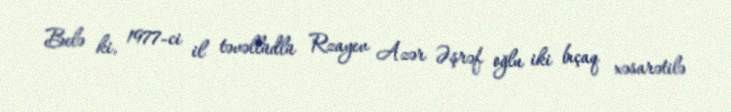
Belə ki, 1977-ci il təvəllüdlü Rzayev Azər Əşrəf oğlu iki bıçaq xəsarətilə